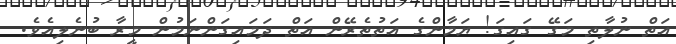
އަތް ނުލާތި މަގޭ ގައިގަ! ޔަމާންގެ އަތުތެރޭން އަތް ދަމައިގަންނަމުން މީރާ ބުނެލިއެވެ.